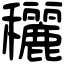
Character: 穲